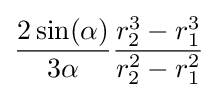
{\frac {2\sin(\alpha )}{3\alpha }}{\frac {r_{2}^{3}-r_{1}^{3}}{r_{2}^{2}-r_{1}^{2}}}